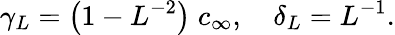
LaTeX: \gamma_{L}=\left(1-L^{-2}\right)\; c_{\infty},\quad\delta_{L}=L^{-1}.